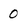
Character: 0